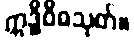
ဣဒ္ဓိဝိဓသုတ်။